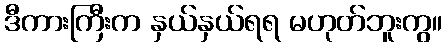
ဒီကားကြီးက နှယ်နှယ်ရရ မဟုတ်ဘူးကွ။